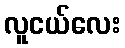
လူငယ်လေး